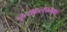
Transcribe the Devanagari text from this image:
नृत्यकलेप्रमाणे